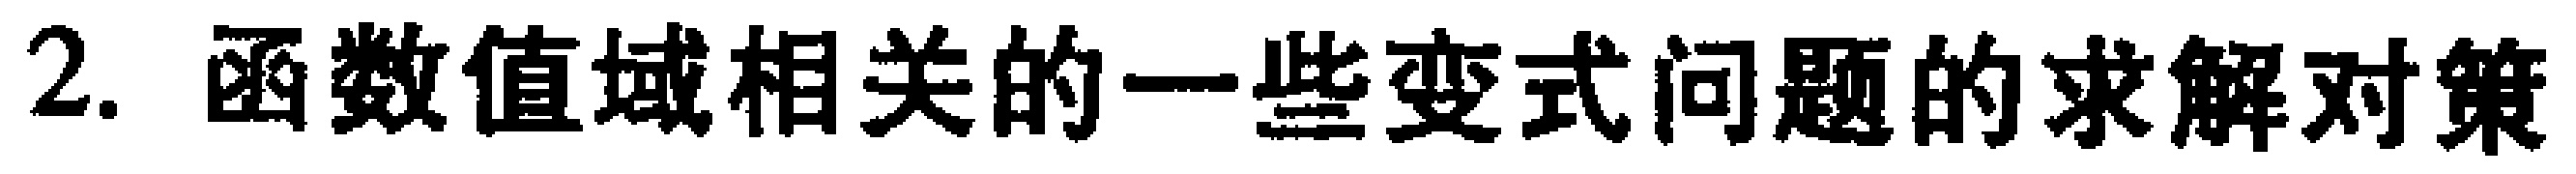
2. 函数值域相关的一些变式问题的求解对策